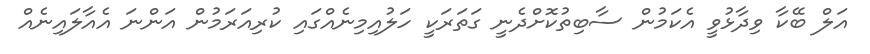
އަލް ބޭކާ ވިދާޅުވީ އެކަމުން ސާބިތުކޮށްދެނީ ގަތަރަކީ ހަލުއިމިނެއްގައި ކުރިއަރަމުން އަންނަ އެއާލައިނެއް